Leaving Certificate Examination (including Day School Certificate (Higher) General paper), 1936
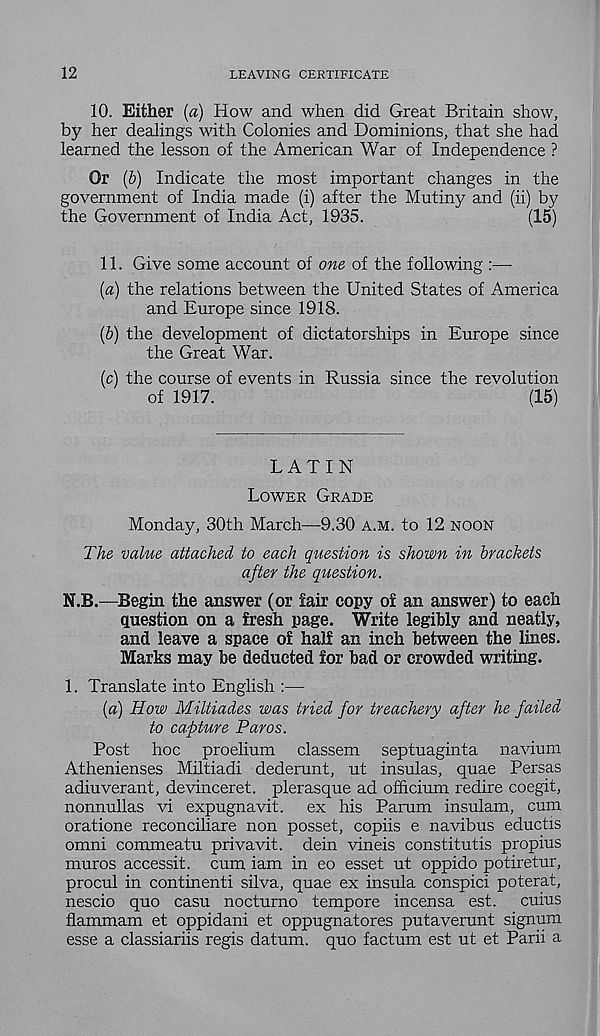
12
LEAVING CERTIFICATE
10. Either {a) How and when did Great Britain show,
by her dealings with Colonies and Dominions, that she had
learned the lesson of the American War of Independence ?
Or {b) Indicate the most important changes in the
government of India made (i) after the Mutkp? and (ii) by
the Government of India Act, 1935.
(15)
11. Give some account of one of the following
[a) the relations between the United States of America
and Europe since 1918.
(&) the development of dictatorships in Europe since
the Great War.
(c) the course of events in Russia since the revolution
of 1917.
(15)
LATIN
LOWER GRADE
Monday, 30th March—9.30 A.M. to 12 NOON
The value attached to each question is shown in brackets
after the question.
N.B.—Begin the answer (or fair copy of an answer) to each
Question on a fresh page. Write legibly and neatly,
and leave a space of half an inch between the lines.
Marks may be deducted for bad or crowded writing.
1. Translate into English :—
{a) How Miltiades was tried for treachery after he failed
to capture Paros.
Post hoc proelium classem septuaginta navium
Athenienses Miltiadi dederunt, ut insulas, quae Persas
adiuverant, devinceret. plerasque ad officium redire coegit,
nonnullas vi expugnavit. ex his Parum insulam, cum
oratione reconciliare non posset, copiis e navibus eductis
omni commeatu privavit. dein vineis constitutis propius
muros accessit. cum iam in eo esset ut oppido potiretur,
procul in continenti silva, quae ex insula conspici poterat,
nescio quo casu nocturno tempore incensa est. cuius
flammam et oppidani et oppugnatores putaverunt signum
esse a classiariis regis datum, quo factum est ut et Parii a